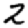
Digit: 2